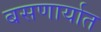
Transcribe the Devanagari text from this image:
बसणार्यात